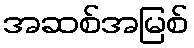
အဆစ်အမြစ်